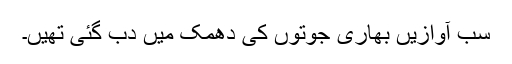
سب آوازیں بھاری جوتوں کی دھمک میں دب گئی تھیں۔